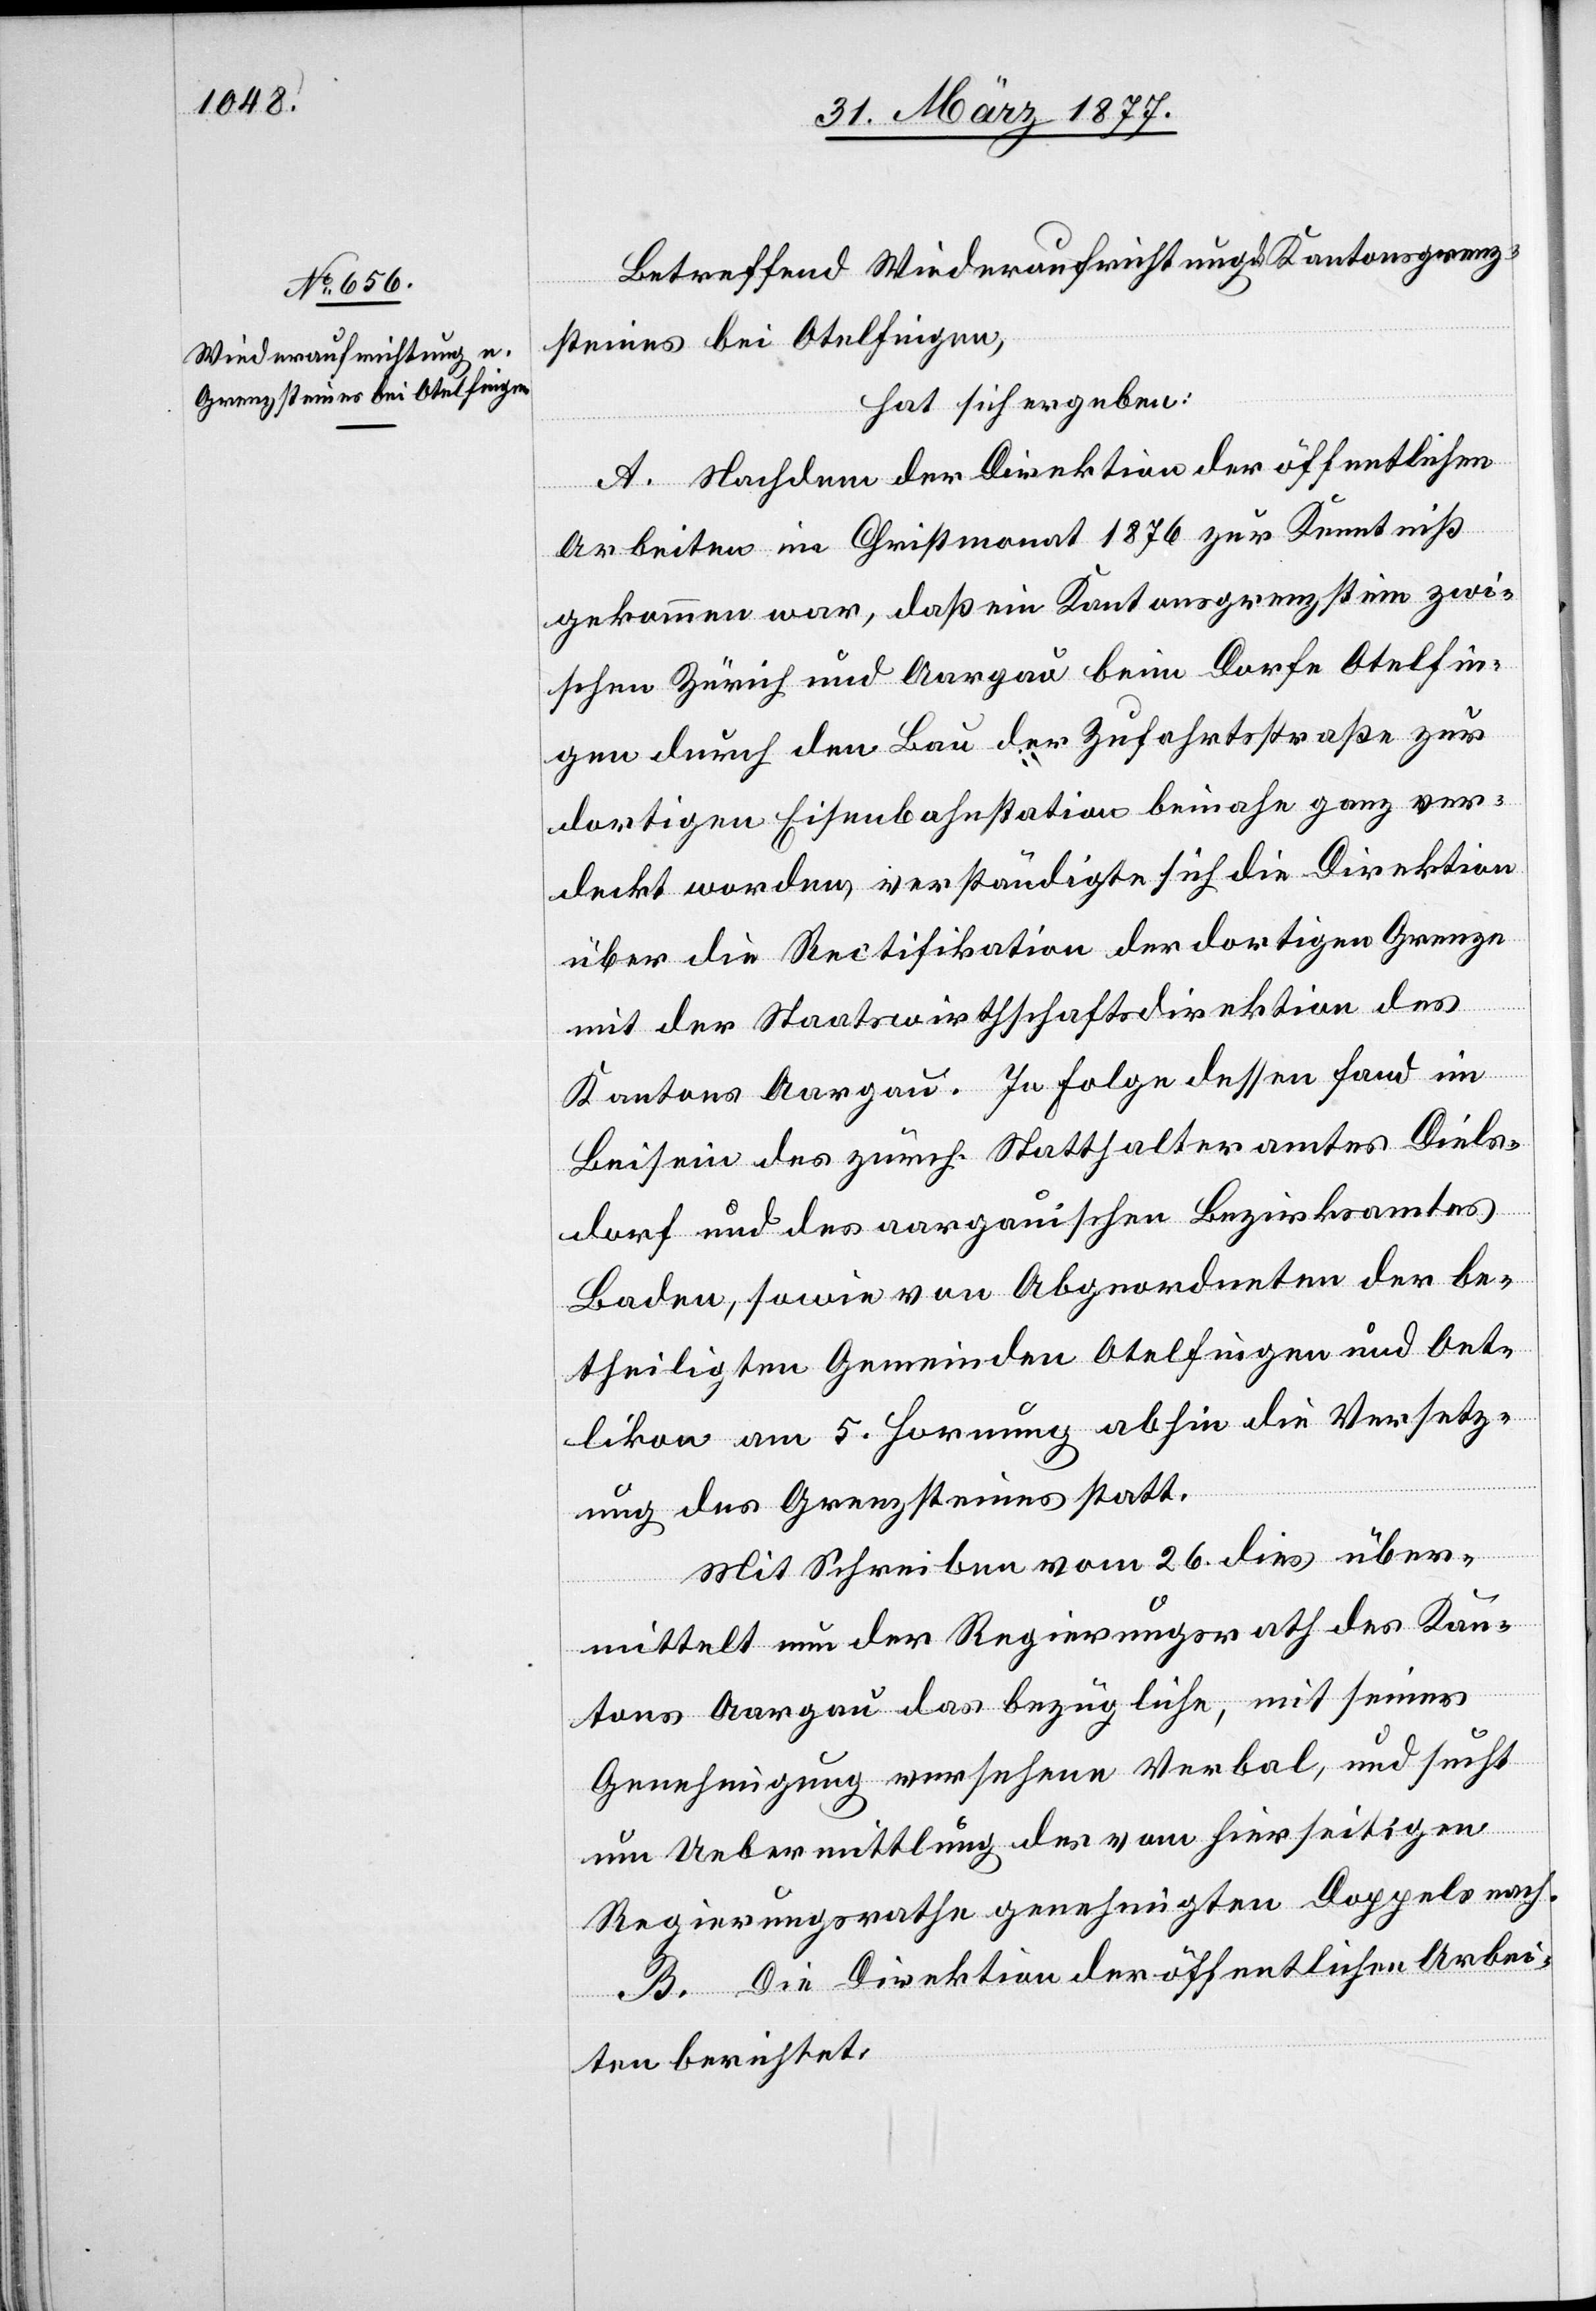
Betreffend Wiederaufrichtung d. Kantonsgrenz¬
steines bei Otelfingen,
hat sich ergeben:
A. Nachdem der Direktion der öffentlichen
Arbeiten im Christmonat 1876 zur Kenntniß
gekommen war, daß ein Kantonsgrenzstein zwi¬
schen Zürich und Aargau beim Dorfe Otelfin¬
gen durch den Bau der Zufahrtsstraße zur
dortigen Eisenbahnstation beinahe ganz ver¬
deckt worden, verständigte sich die Direktion
über die Rectifikation der dortigen Grenze
mit der Staatswirthschaftsdirektion des
Kantons Aargau. In Folge dessen fand im
Beisein des zürch. Statthalteramtes Diels¬
dorf und des aargauischen Bezirksamtes
Baden, sowie von Abgeordneten der be¬
theiligten Gemeinden Otelfingen und Oet¬
likon am 5. Hornung abhin die Versetz¬
ung des Grenzsteines statt.
Mit Schreiben vom 26. dies über¬
mittelt nun der Regierungsrath des Kan¬
tons Aargau das bezügliche, mit seiner
Genehmigung versehene Verbal, und sucht
um Uebermittlung des vom hierseitigen
Regierungsrathe genehmigten Doppels nach.
B. Die Direktion der öffentlichen Arbei¬
ten berichtet: